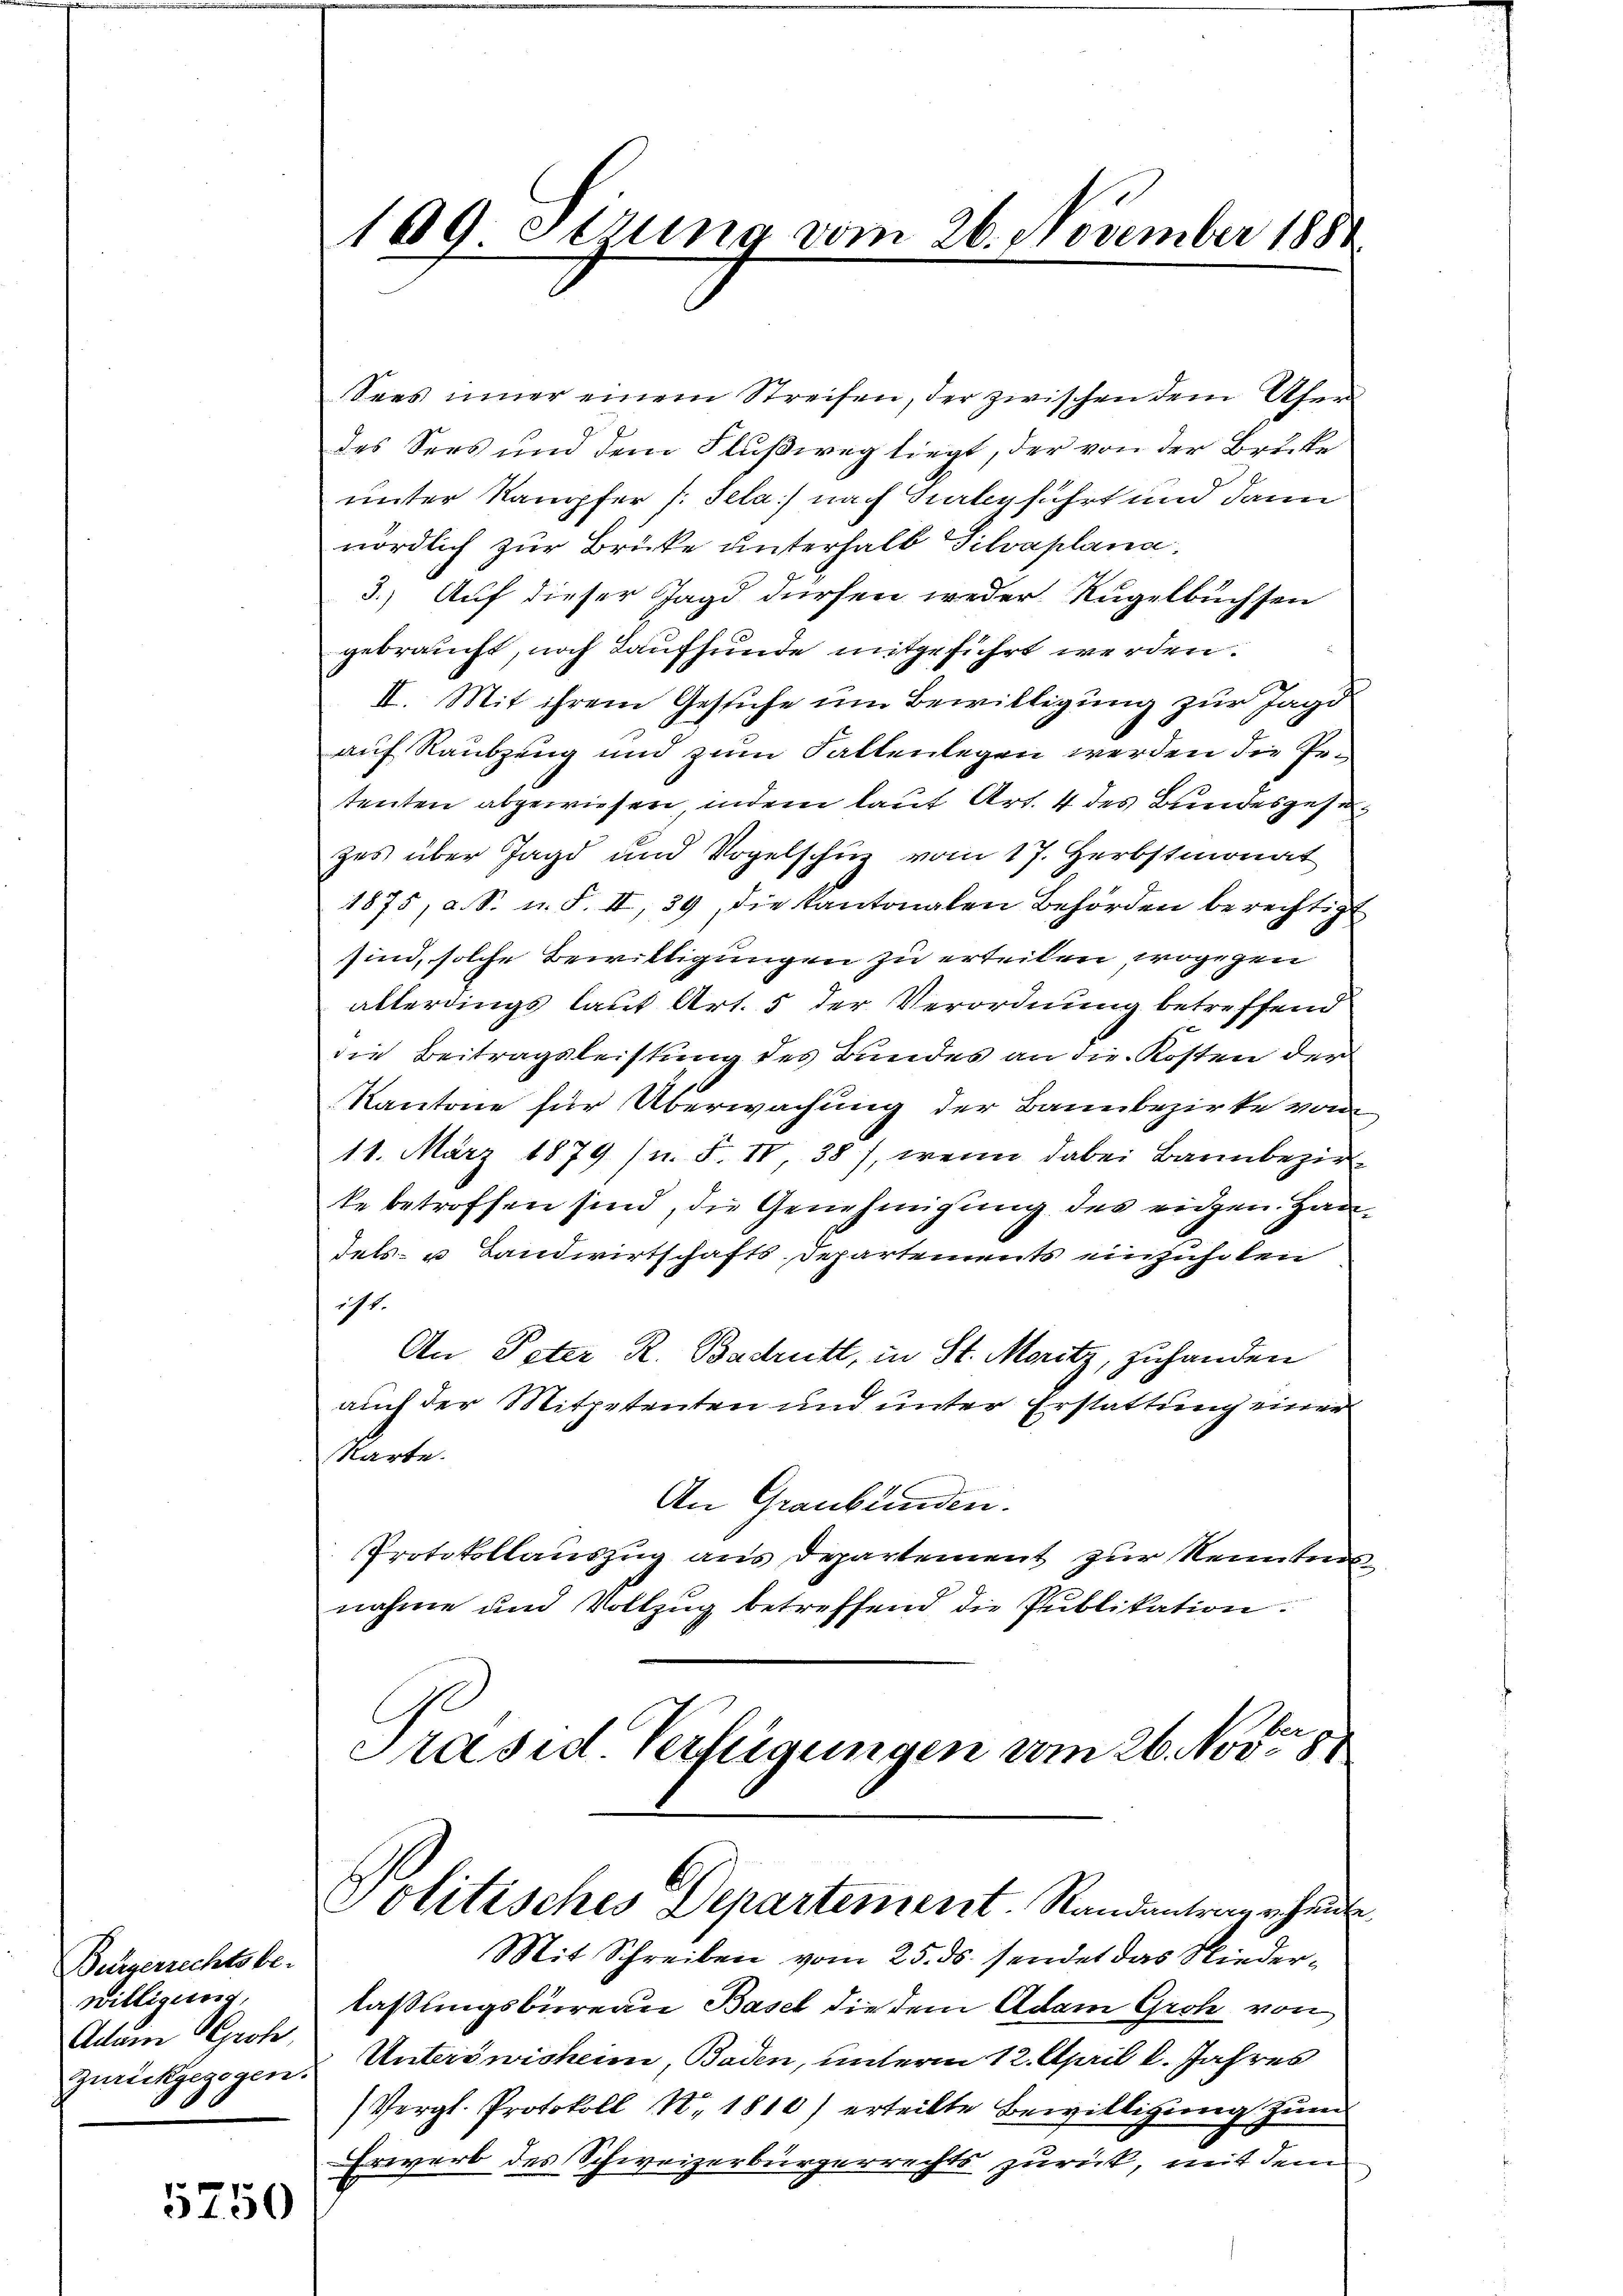
Bürgerrechts be-
willigung,
Adam Groh
zurückgezogen.

5750

169 Strung vom 26. November 188

Sees inner einem Streifen, der zwischen dem Ufer
des Sees und dem Flußweg liegt, der von der Brücke
unter Kampfer /: Sela) nach dabeyführt und dann
nördlich zur Brücke unterhalb Silvaplana,
3.) Auf dieser Jagd dürfen weder Kugelbuchsen
gebraucht, noch Kaufhunde mitgeführt werden.
II. Mit ihrem Gesuche um Bewilligung zur Jagd
auf Raubzuug und zum Fallenlegen werden die Petenten abgewiesen, indem lauf Art. 4 des Bundesgesezes über Jagd und Vogelschuz vom 17. Herbstmonat
1875, a. S. n. F. II, 39, die Kantonalen Behörden berechtigt,
sind, solche Bewilligungen zu erteilen, wogegen
allerdings laut Art. 5 der Verordnung betreffend
die Beitragsleistung des Bundes an die Kosten der
Kantone für Überwachung der Bannbezirke von
11. März 1879 (n. F. IV 38), wenn dabei Bannbezir
ke betroffen sind, die Genehmigung des rechen. Hau
dels- u Landwirtschafts Departements einzuholen
197.
An Peter R. Badritt, in St. Moritz, zuhanden
auch der Mitpetenten und unter Erstattung einer
Karte.
An Graubünden.
Protokollauszug aus Departement zur Kenntung
nahme und Vollzug betreffend die Publikation
Präsid. Verfügungen vom 26. Nov. 188
Politisches Departement. Randantrag erhause
Mit Schreiben vom 25. ds. sendet das Niederlaßungsbureau Basel die dem Adam Grob von
Unterswisheim, Baden, unterm 12. April l. Jahres
(Vergl. Protokoll N. 1810) erteilte Bewilligung zum
Erwerb des Schweizerbürgerrechts zurück, mit dem